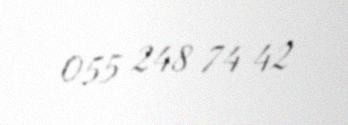
055 248 74 42